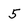
Character: 5